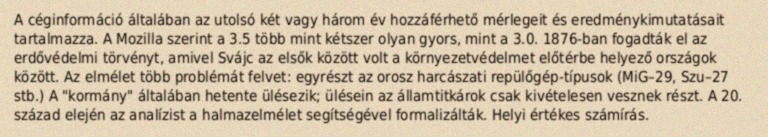
A céginformáció általában az utolsó két vagy három év hozzáférhető mérlegeit és eredménykimutatásait tartalmazza. A Mozilla szerint a 3.5 több mint kétszer olyan gyors, mint a 3.0. 1876-ban fogadták el az erdővédelmi törvényt, amivel Svájc az elsők között volt a környezetvédelmet előtérbe helyező országok között. Az elmélet több problémát felvet: egyrészt az orosz harcászati repülőgép-típusok (MiG–29, Szu–27 stb.) A "kormány" általában hetente ülésezik; ülésein az államtitkárok csak kivételesen vesznek részt. A 20. század elején az analízist a halmazelmélet segítségével formalizálták. Helyi értékes számírás.